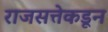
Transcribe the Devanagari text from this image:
राजसत्तेकडून